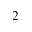
^ 2